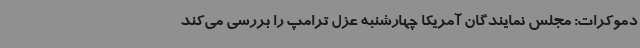
دموکرات: مجلس نمایندگان آمریکا چهارشنبه عزل ترامپ را بررسی‌ می‌کند